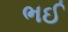
ભઈ